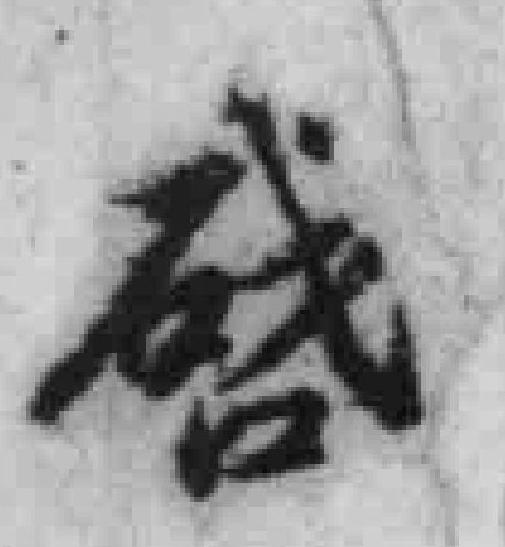
啟